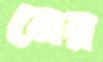
নেয়